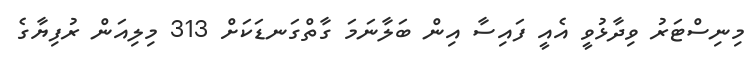
މިނިސްޓަރު ވިދާޅުވީ އެއީ ފައިސާ އިން ބަލާނަމަ ގާތްގަނޑަކަށް 313 މިލިއަން ރުފިޔާގެ